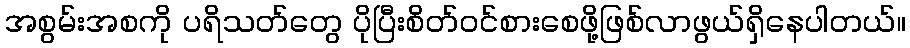
အစွမ်းအစကို ပရိသတ်တွေ ပိုပြီးစိတ်ဝင်စားစေဖို့ဖြစ်လာဖွယ်ရှိနေပါတယ်။